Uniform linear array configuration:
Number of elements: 64
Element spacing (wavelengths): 0.5
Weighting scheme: hann
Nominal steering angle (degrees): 60
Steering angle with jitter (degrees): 61.081
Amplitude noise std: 0.05
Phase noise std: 0.05

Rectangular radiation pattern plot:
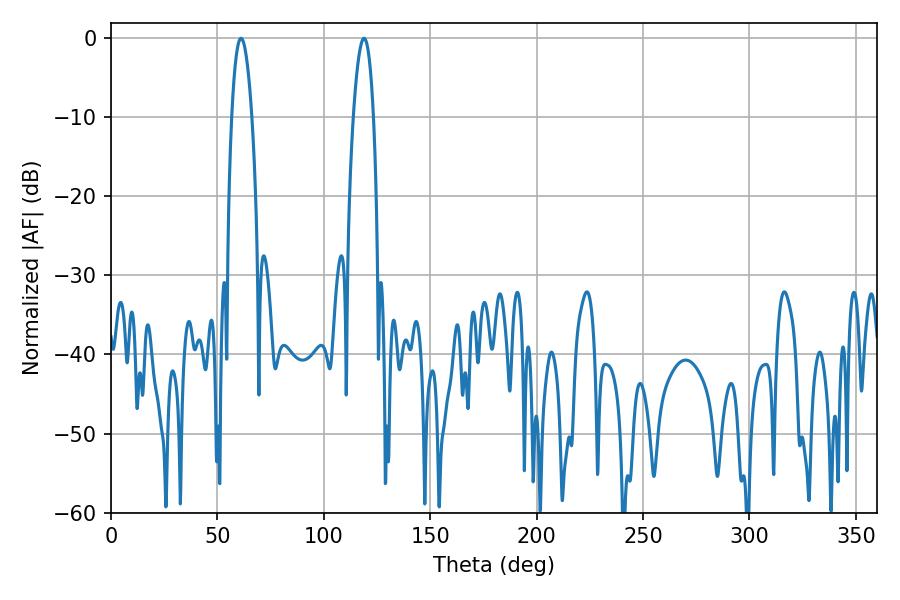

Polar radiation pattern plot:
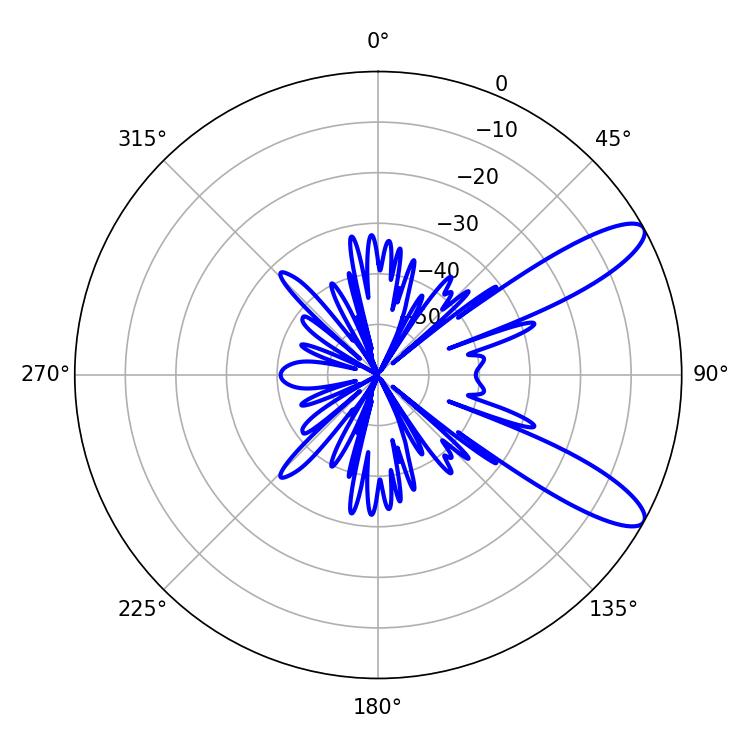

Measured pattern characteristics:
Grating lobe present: FALSE
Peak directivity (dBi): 10.63
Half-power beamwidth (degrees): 5.22
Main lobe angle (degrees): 61.02